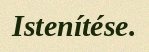
Istenítése.